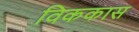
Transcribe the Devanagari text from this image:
विककास